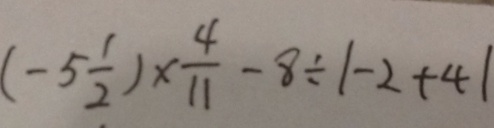
( - 5 \frac { 1 } { 2 } ) \times \frac { 4 } { 1 1 } - 8 \div \vert - 2 + 4 \vert